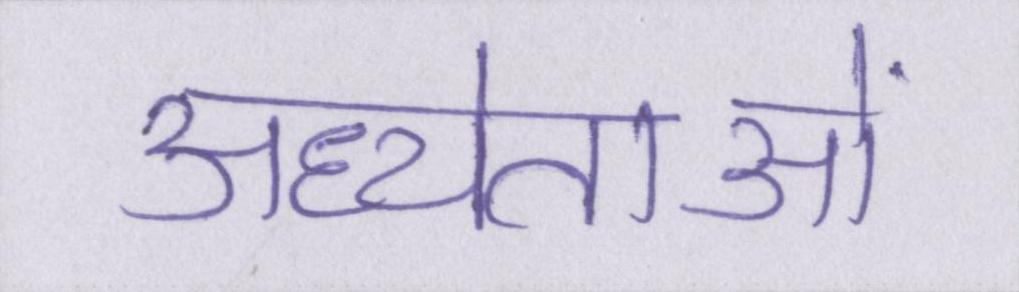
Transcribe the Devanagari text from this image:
अध्येताओं